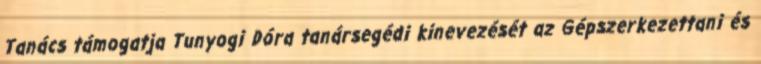
Tanács támogatja Tunyogi Dóra tanársegédi kinevezését az Gépszerkezettani és